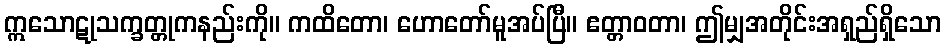
ဣသောဋုသက္ခတ္တုကနည်းကို။ ကထိတော၊ ဟောတော်မူအပ်ပြီ။ ဧတ္တာဝတာ၊ ဤမျှအတိုင်းအရှည်ရှိသော